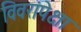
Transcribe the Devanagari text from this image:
विवरांपेक्षा